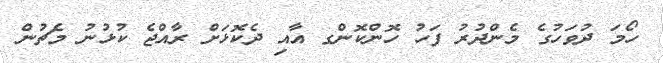
ހޯމަ ދުވަހުގެ މެންދުރު ފަހު ހޮންކޮންގ އާއި ދެކޮޅަށް ރާއްޖެ ކުޅުނު މެޗުން